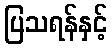
ပြသရန်နှင့်